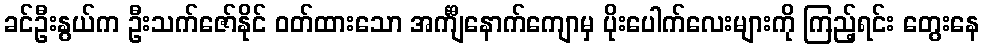
ခင်ဦးနွယ်က ဦးသက်ဇော်နိုင် ဝတ်ထားသော အင်္ကျီနောက်ကျောမှ ပိုးပေါက်လေးများကို ကြည့်ရင်း တွေးနေ